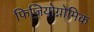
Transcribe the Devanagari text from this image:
फिजियोग्नोमिक